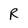
Character: R